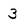
Character: 3